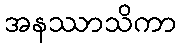
အနဿာသိကာ